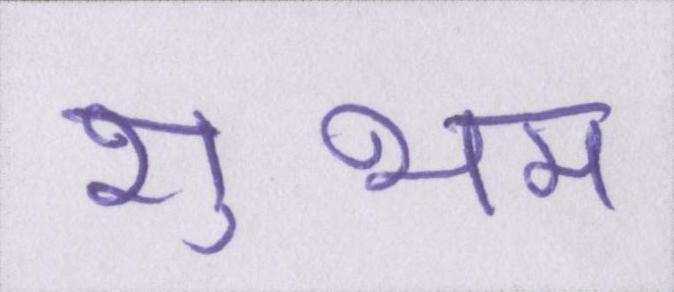
शुभम